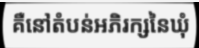
គឺនៅតំបន់អភិរក្សនៃឃុំ